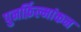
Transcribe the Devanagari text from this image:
पुनर्फ़िल्मांकन